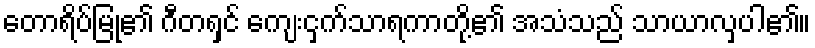
တောရိပ်မြုံ၏ ဂီတရှင် ကျေးငှက်သာရကာတို့၏ အသံသည် သာယာလှပါ၏။